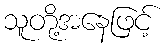
သူတို့အနေဖြင့်